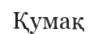
Қумақ